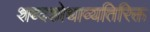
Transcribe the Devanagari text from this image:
शब्दशोधाव्यतिरिक्त